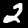
Label: 2